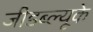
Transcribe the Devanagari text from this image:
जीडब्ल्यूके